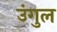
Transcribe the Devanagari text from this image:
उंगुल